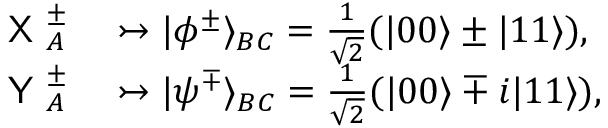
\begin{array} { r l } { \textsf { X } _ { A } ^ { \pm } } & { { } \rightarrowtail \vert \phi ^ { \pm } \rangle _ { B C } = \frac { 1 } { \sqrt { 2 } } ( \vert 0 0 \rangle \pm \vert 1 1 \rangle ) , } \\ { \textsf { Y } _ { A } ^ { \pm } } & { { } \rightarrowtail \vert \psi ^ { \mp } \rangle _ { B C } = \frac { 1 } { \sqrt { 2 } } ( \vert 0 0 \rangle \mp i \vert 1 1 \rangle ) , } \end{array}